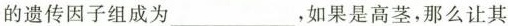
的遗传因子组成为___，如果是高茎，那么让其